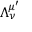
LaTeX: \Lambda _ { \nu } ^ { \mu ^ { \prime } }